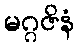
မဂ္ဂဇိနံ